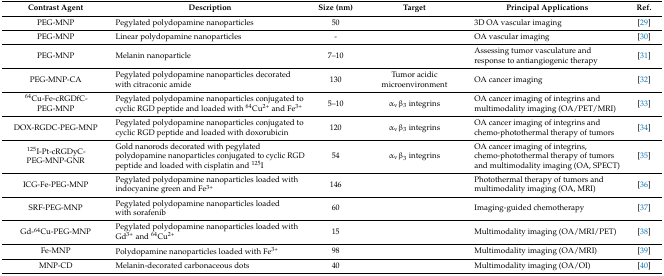
<table><thead><tr><td><b>Contrast Agent</b></td><td><b>Description</b></td><td><b>Size (nm)</b></td><td><b>Target</b></td><td><b>Principal Applications</b></td><td><b>Ref.</b></td></tr></thead><tbody><tr><td>PEG-MNP</td><td>Pegylated polydopamine nanoparticles</td><td>50</td><td></td><td>3D OA vascular imaging</td><td>[29]</td></tr><tr><td>PEG-MNP</td><td>Linear polydopamine nanoparticles</td><td>-</td><td></td><td>OA vascular imaging</td><td>[30]</td></tr><tr><td>PEG-MNP</td><td>Melanin nanoparticle </td><td>7–10</td><td></td><td>Assessing tumor vasculature and response to antiangiogenic therapy</td><td>[31]</td></tr><tr><td>PEG-MNP-CA</td><td>Pegylated polydopamine nanoparticles decorated with citraconic amide</td><td>130</td><td>Tumor acidic microenvironment</td><td>OA cancer imaging </td><td>[32]</td></tr><tr><td><sup>64</sup>Cu-Fe-cRGDfC-PEG-MNP</td><td>Pegylated polydopamine nanoparticles conjugated to cyclic RGD peptide and loaded with <sup>64</sup>Cu<sup>2+</sup> and Fe<sup>3+</sup></td><td>5–10</td><td>α<sub>v</sub>β<sub>3</sub> integrins</td><td>OA cancer imaging of integrins and multimodality imaging (OA/PET/MRI)</td><td>[33]</td></tr><tr><td>DOX-RGDC-PEG-MNP</td><td>Pegylated polydopamine nanoparticles conjugated to cyclic RGD peptide and loaded with doxorubicin</td><td>120</td><td>α<sub>v</sub>β<sub>3</sub> integrins</td><td>OA cancer imaging of integrins and chemo-photothermal therapy of tumors</td><td>[34]</td></tr><tr><td><sup>125</sup>I-Pt-cRGDyC-PEG-MNP-GNR</td><td>Gold nanorods decorated with pegylated polydopamine nanoparticles conjugated to cyclic RGD peptide and loaded with cisplatin and <sup>125</sup>I</td><td>54</td><td>α<sub>v</sub>β<sub>3</sub> integrins</td><td>OA cancer imaging of integrins, chemo-photothermal therapy of tumors and multimodality imaging (OA, SPECT)</td><td>[35]</td></tr><tr><td>ICG-Fe-PEG-MNP</td><td>Pegylated polydopamine nanoparticles loaded with indocyanine green and Fe<sup>3+</sup></td><td>146</td><td></td><td>Photothermal therapy of tumors and multimodality imaging (OA, MRI)</td><td>[36]</td></tr><tr><td>SRF-PEG-MNP</td><td>Pegylated polydopamine nanoparticles loaded with sorafenib</td><td>60</td><td></td><td>Imaging-guided chemotherapy</td><td>[37]</td></tr><tr><td>Gd-<sup>64</sup>Cu-PEG-MNP</td><td>Pegylated polydopamine nanoparticles loaded with Gd<sup>3+</sup> and <sup>64</sup>Cu<sup>2+</sup></td><td>15</td><td></td><td>Multimodality imaging (OA/MRI/PET)</td><td>[38]</td></tr><tr><td>Fe-MNP</td><td>Polydopamine nanoparticles loaded with Fe<sup>3+</sup></td><td>98</td><td></td><td>Multimodality imaging (OA/MRI)</td><td>[39]</td></tr><tr><td>MNP-CD</td><td>Melanin-decorated carbonaceous dots </td><td>40</td><td></td><td>Multimodality imaging (OA/OI)</td><td>[40]</td></tr></tbody></table>